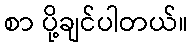
စာ ပို့ချင်ပါတယ်။